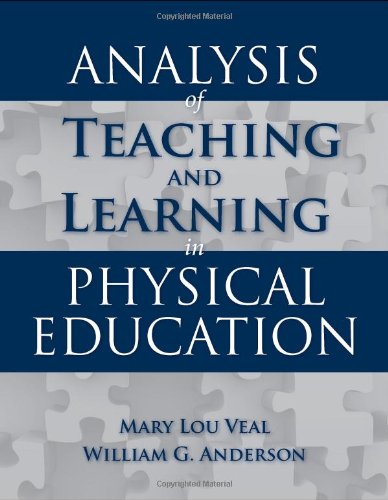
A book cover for Analysis Of Teaching And Learning In Physical Education; Mary Lou Veal; Health, Fitness & Dieting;